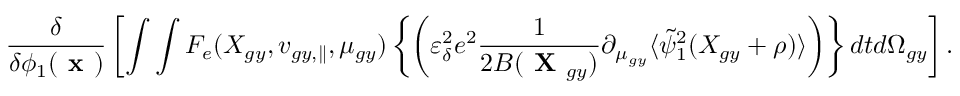
\frac { \delta } { \delta \phi _ { 1 } ( \textbf { x } ) } \left[ \int \int F _ { e } ( X _ { g y } , v _ { g y , \parallel } , \mu _ { g y } ) \left\{ \left( \varepsilon _ { \delta } ^ { 2 } e ^ { 2 } \frac { 1 } { 2 B ( \textbf { X } _ { g y } ) } \partial _ { \mu _ { g y } } \langle \tilde { \psi } _ { 1 } ^ { 2 } ( X _ { g y } + \rho ) \rangle \right) \right\} d t d \Omega _ { g y } \right] .